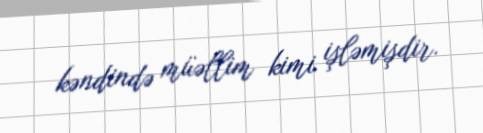
kəndində müəllim kimi işləmişdir.